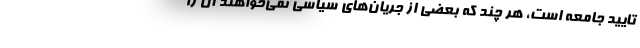
تایید جامعه است، هر چند که بعضی از جریان‌های سیاسی نمی‌خواهند آن را